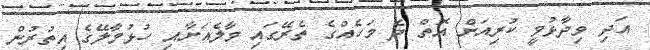
އަދި ވިދާޅުވީ ކުރިއަށް އޮތް ދެ މަހެއްގެ ތެރޭގައި މާލެއަށާއި ހުޅުމާލޭގެ އިތުރުން